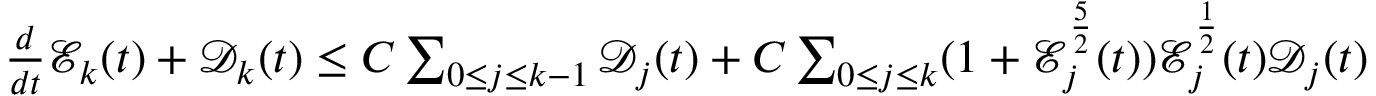
\begin{array} { r } { \frac { d } { d t } \mathcal { E } _ { k } ( t ) + \mathcal { D } _ { k } ( t ) \leq C \sum _ { 0 \leq j \leq k - 1 } \mathcal { D } _ { j } ( t ) + C \sum _ { 0 \leq j \leq k } ( 1 + \mathcal { E } _ { j } ^ { \frac { 5 } { 2 } } ( t ) ) \mathcal { E } _ { j } ^ { \frac { 1 } { 2 } } ( t ) \mathcal { D } _ { j } ( t ) } \end{array}